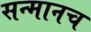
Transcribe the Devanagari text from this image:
सन्मानच